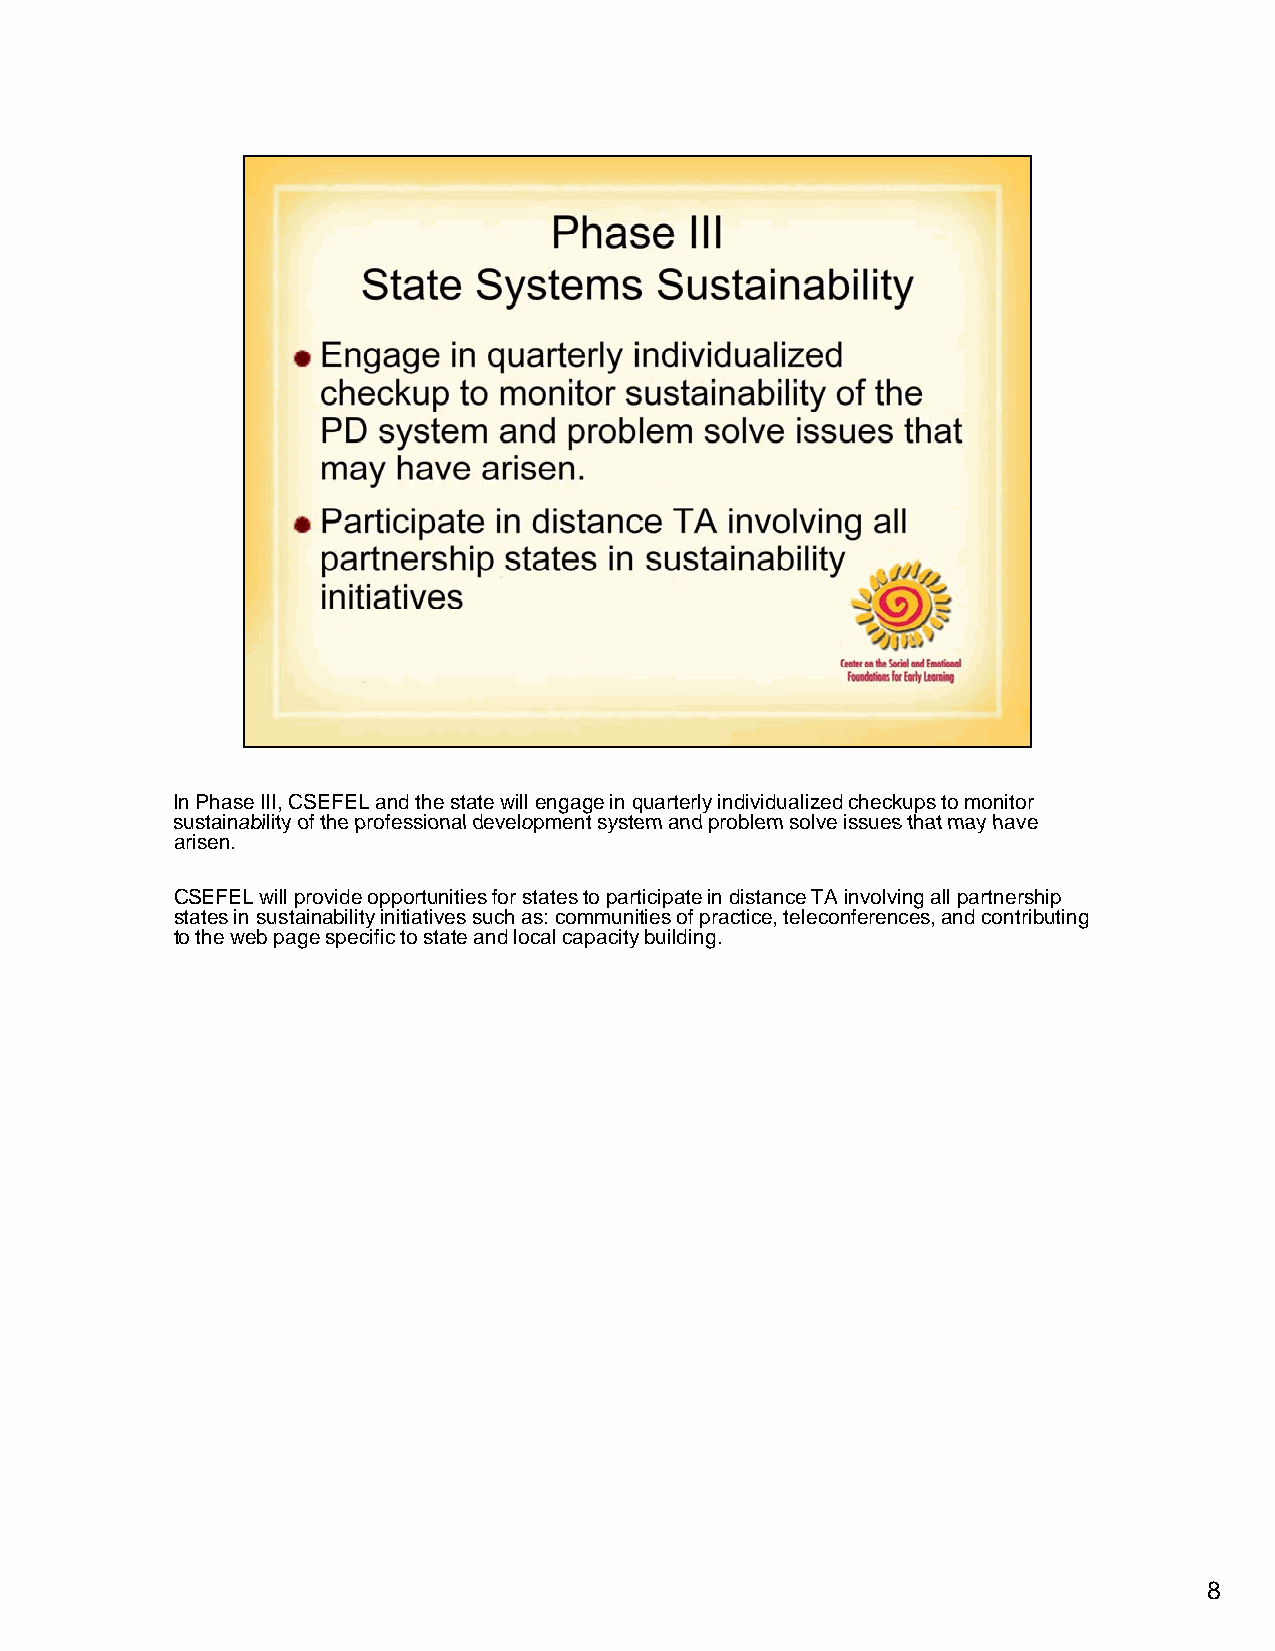
In Phase III, CSEFEL and the state will engage in quarterly individualized checkups to monitor
 ssuussttaaiinnaabbiilliittyy ooff tthhee pprrooffeessssiioonnaall ddeevveellooppmmeenntt ssyysstteemm aanndd pprroobblleemm ssoollvvee iissssuueess tthhaatt mmaayy hhaavvee
 arisen.
 CSEFEL will provide opportunities for states to participate in distance TA involving all partnership
 states in sustainability initiatives such as: communities of practice, teleconferences, and contributing
 to the web page specific to state and local capacity building.
 8